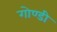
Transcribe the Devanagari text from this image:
गोण्डी